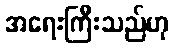
အရေးကြီးသည်ဟု